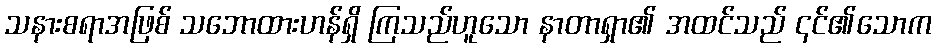
သနားစရာအဖြစ် သဘောထားဟန်ရှိ ကြသည်ဟူသော နာတာရှာ၏ အထင်သည် ၎င်၏သောက